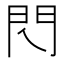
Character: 𨳉